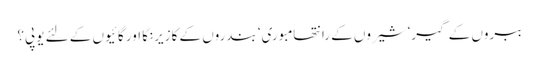
ببروں کے گیر‘ شیروں کے رانتھامبوری‘ بندروں کے کازیرنگا اور گائیوں کے لئے یوپی؟